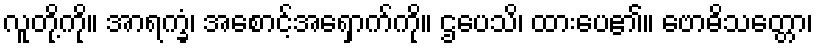
လူတို့ကို။ အာရက္ခံ၊ အစောင့်အရှောက်ကို။ ဌပေသိ၊ ထားပေ၏။ ဗောဓိသတ္တော၊